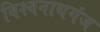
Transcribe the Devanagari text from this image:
विश्‍वनाथगंज